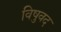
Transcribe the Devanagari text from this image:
विषुवद